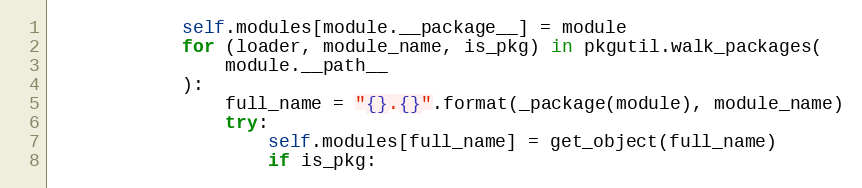
Language: Python
            self.modules[module.__package__] = module
            for (loader, module_name, is_pkg) in pkgutil.walk_packages(
                module.__path__
            ):
                full_name = "{}.{}".format(_package(module), module_name)
                try:
                    self.modules[full_name] = get_object(full_name)
                    if is_pkg: